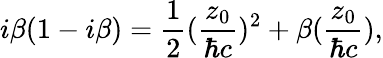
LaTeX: i{\beta}(1-i{\beta})=\frac{1}{2}(\frac{z_{0}}{{\hbar}c})^{2}+{\beta}(\frac{z_{0}}{{\hbar}c}),